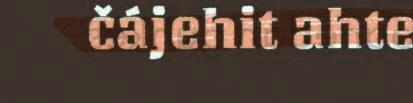
čájehit ahte